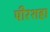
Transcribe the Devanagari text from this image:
पीरशहा